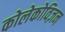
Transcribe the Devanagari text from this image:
कोलेकोविज़न